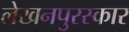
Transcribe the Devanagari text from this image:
लेखनपुरस्कार